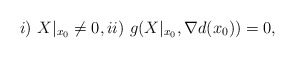
\begin{align*}i)\ X|_{x_{0}} \not=0,ii)\ g(X|_{x_{0}},\nabla d(x_{0}))= 0,\end{align*}